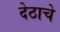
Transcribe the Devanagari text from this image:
देठाचे